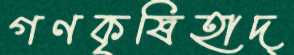
গণকৃষিহাদ্